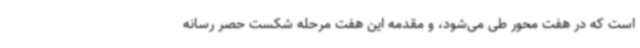
است که در هفت محور طی می‌شود، و مقدمه این هفت مرحله شکست حصر رسانه